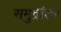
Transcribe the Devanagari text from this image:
समुद्रांतर